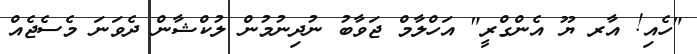
"ހެއި! އާރ ޔޫ އެންގްރީ" އަހްލާމް ޖަވާބު ނުދިނުމުން ލުކްޝާން ދެވަނަ މެސެޖެއް